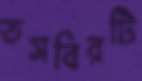
তসবিরটি